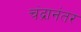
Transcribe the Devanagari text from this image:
चंद्रानंतर